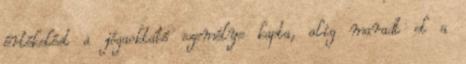
értékelést a jógaoktató személye kapta, alig maradt el a